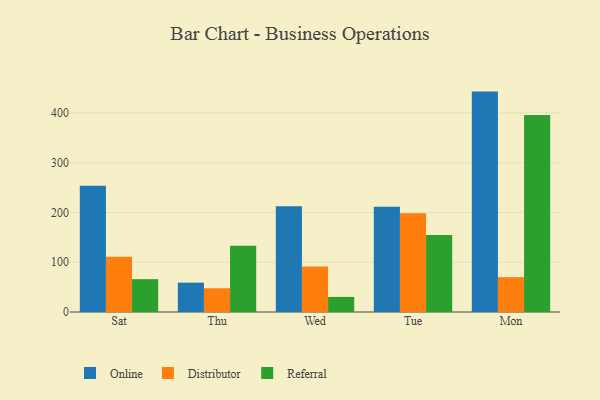
{"axis": {"x": "Day", "y": "Gross Profit (USD K)"}, "legend": ["Distributor", "Online", "Referral"], "data": [{"x": "Sat", "y": 253.6, "type": "Online"}, {"x": "Sat", "y": 111.2, "type": "Distributor"}, {"x": "Sat", "y": 66.0, "type": "Referral"}, {"x": "Thu", "y": 59.0, "type": "Online"}, {"x": "Thu", "y": 47.7, "type": "Distributor"}, {"x": "Thu", "y": 133.2, "type": "Referral"}, {"x": "Wed", "y": 212.5, "type": "Online"}, {"x": "Wed", "y": 91.5, "type": "Distributor"}, {"x": "Wed", "y": 30.3, "type": "Referral"}, {"x": "Tue", "y": 211.4, "type": "Online"}, {"x": "Tue", "y": 198.4, "type": "Distributor"}, {"x": "Tue", "y": 154.5, "type": "Referral"}, {"x": "Mon", "y": 442.9, "type": "Online"}, {"x": "Mon", "y": 70.0, "type": "Distributor"}, {"x": "Mon", "y": 396.1, "type": "Referral"}]}